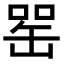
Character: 𦈯